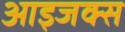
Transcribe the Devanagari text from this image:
आइजक्स